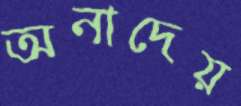
অনাদেয়